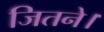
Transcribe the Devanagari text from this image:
जितने।